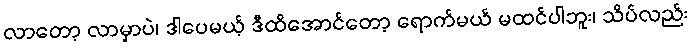
လာတော့ လာမှာပဲ၊ ဒါပေမယ့် ဒီထိအောင်တော့ ရောက်မယ် မထင်ပါဘူး၊ သိပ်လည်း